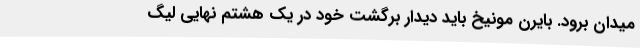
میدان برود. بایرن مونیخ باید دیدار برگشت خود در یک هشتم نهایی لیگ